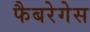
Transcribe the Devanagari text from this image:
फैबरेगेस